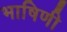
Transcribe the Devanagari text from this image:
भाषिणी